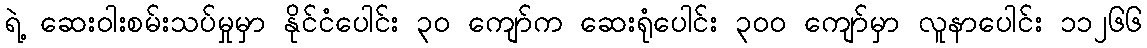
ရဲ့ ဆေးဝါးစမ်းသပ်မှုမှာ နိုင်ငံပေါင်း ၃၀ ကျော်က ဆေးရုံပေါင်း ၃၀၀ ကျော်မှာ လူနာပေါင်း ၁၁၂၆၆